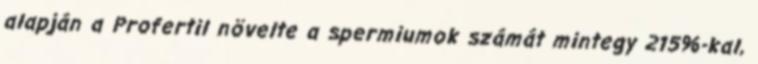
alapján a Profertil növelte a spermiumok számát mintegy 215%-kal,